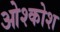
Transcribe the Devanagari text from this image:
ओश्कोश